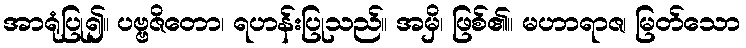
အာရုံပြု၍။ ပဗ္ဗဇိတော၊ ရဟန်းပြုသည်။ အမှိ၊ ဖြစ်၏။ မဟာရာဇ၊ မြတ်သော